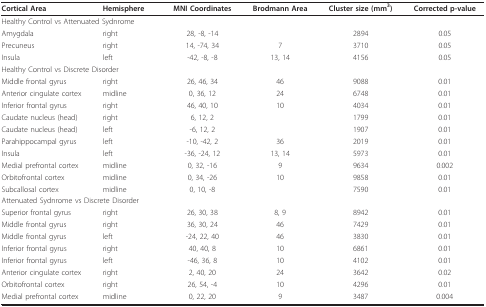
| Cortical Area | Hemisphere | MNI Coordinates | Brodmann Area | Cluster size (mm3) | Corrected p-value |
 | --- | --- | --- | --- | --- | --- |
 | <COLSPAN=6> Healthy Control vs Attenuated Sydnrome |
 | Amygdala | right | 28, -8, -14 |  | 2894 | 0.05 |
 | Precuneus | right | 14, -74, 34 | 7 | 3710 | 0.05 |
 | Insula | left | -42, -8, -8 | 13, 14 | 4156 | 0.05 |
 | <COLSPAN=6> Healthy Control vs Discrete Disorder |
 | Middle frontal gyrus | right | 26, 46, 34 | 46 | 9088 | 0.01 |
 | Anterior cingulate cortex | midline | 0, 36, 12 | 24 | 6748 | 0.01 |
 | Inferior frontal gyrus | right | 46, 40, 10 | 10 | 4034 | 0.01 |
 | Caudate nucleus (head) | right | 6, 12, 2 |  | 1799 | 0.01 |
 | Caudate nucleus (head) | left | -6, 12, 2 |  | 1907 | 0.01 |
 | Parahippocampal gyrus | left | -10, -42, 2 | 36 | 2019 | 0.01 |
 | Insula | left | -36, -24, 12 | 13, 14 | 5973 | 0.01 |
 | Medial prefrontal cortex | midline | 0, 32, -16 | 9 | 9634 | 0.002 |
 | Orbitofrontal cortex | midline | 0, 34, -26 | 10 | 9858 | 0.01 |
 | Subcallosal cortex | midline | 0, 10, -8 |  | 7590 | 0.01 |
 | <COLSPAN=6> Attenuated Sydnrome vs Discrete Disorder |
 | Superior frontal gyrus | right | 26, 30, 38 | 8, 9 | 8942 | 0.01 |
 | Middle frontal gyrus | right | 36, 30, 24 | 46 | 7429 | 0.01 |
 | Middle frontal gyrus | left | -24, 22, 40 | 46 | 3830 | 0.01 |
 | Inferior frontal gyrus | right | 40, 40, 8 | 10 | 6861 | 0.01 |
 | Inferior frontal gyrus | left | -46, 36, 8 | 10 | 4102 | 0.01 |
 | Anterior cingulate cortex | right | 2, 40, 20 | 24 | 3642 | 0.02 |
 | Orbitofrontal cortex | right | 26, 54, -4 | 10 | 4296 | 0.01 |
 | Medial prefrontal cortex | midline | 0, 22, 20 | 9 | 3487 | 0.004 |